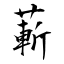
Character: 蔪